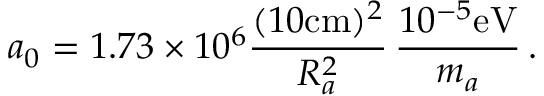
a _ { 0 } = 1 . 7 3 \times 1 0 ^ { 6 } \frac { ( 1 0 \mathrm { c m } ) ^ { 2 } } { R _ { a } ^ { 2 } } \, \frac { 1 0 ^ { - 5 } \mathrm { e V } } { m _ { a } } \, .